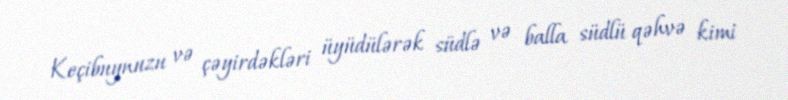
Keçibuynuzu və çəyirdəkləri üyüdülərək südlə və balla südlü qəhvə kimi